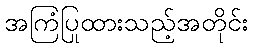
အကြံပြုထားသည့်အတိုင်း